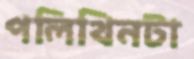
পলিথিনটা